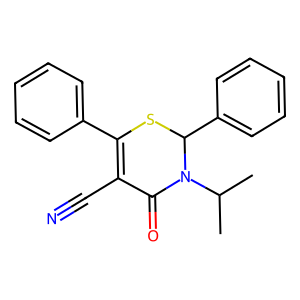
SMILES: CC(C)N1C(=O)C(C#N)=C(c2ccccc2)SC1c1ccccc1
Inhibits HIV replication: No